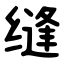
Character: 缝